Scottish Leaving Certificate Examination, 1954
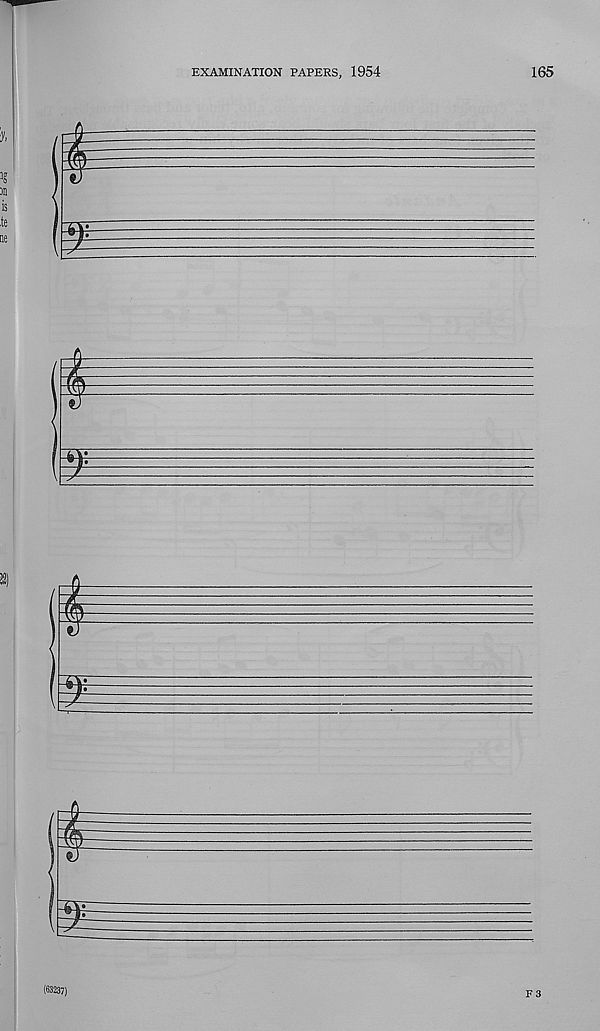
EXAMINATION PAPERS, 1954
165
#s
i
(63237)
F 3